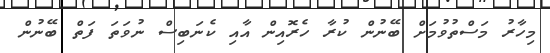
މިހާރު މަސްތުވުމަށް ބޭނުން ކުރާ ހެރޮއިން އާއި ކެނަބިސް ނުވަތަ ފަތް ބޭނުން